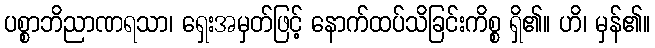
ပစ္စာဘိညာဏရသာ၊ ရှေးအမှတ်ဖြင့် နောက်ထပ်သိခြင်းကိစ္စ ရှိ၏။ ဟိ၊ မှန်၏။